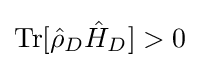
{\textstyle {\text{Tr}}[{\hat {\rho }}_{D}{\hat {H}}_{D}]>0}